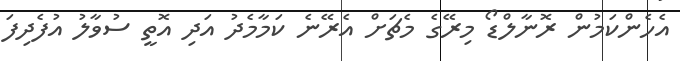
އެހެންކަމުން ރޮނާލްޑޯ މިރޭގެ މެޗަށް އެރޭނެ ކަމާމެދު އަދި އޮތީ ސުވާލު އުފެދިފަ